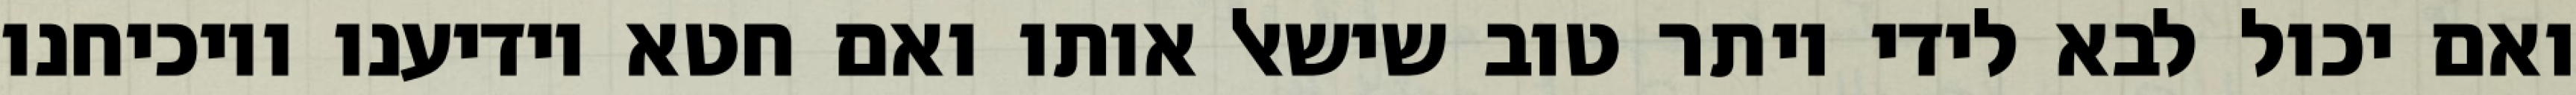
ואם יכול לבא לידי יותר טוב שישאל אותו ואם חטא יודיענו ויוכיחנו